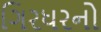
ગિરધરનો